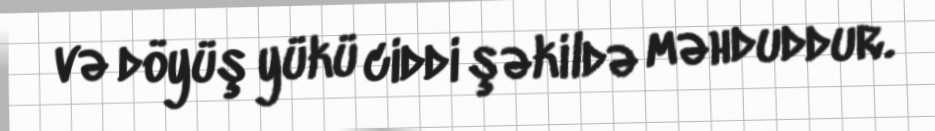
və döyüş yükü ciddi şəkildə məhduddur.